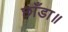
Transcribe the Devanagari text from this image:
छाँडा॥